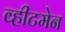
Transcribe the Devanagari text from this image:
व्हीटमेन